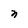
Character: n